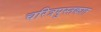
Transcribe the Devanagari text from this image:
चरित्रपुस्तकात